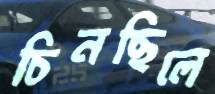
চিনছিলে